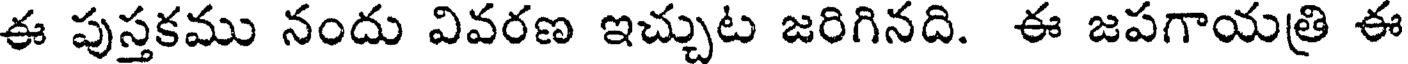
ఈ పుస్తకము నందు వివరణ ఇచ్చుట జరిగినది. ఈ జపగాయత్రి ఈ